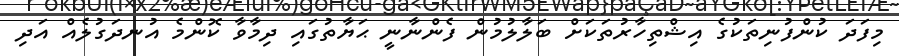
މިފަދަ ކުންފުނިތަކުގެ އިޝްތިހާރުތަކަށް ބަލާލުމުން ފެންނާނީ ޙަޔާތުގައި ދިމާވާ ކޮންމެ އުނދަގުލެއް އަދި